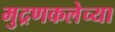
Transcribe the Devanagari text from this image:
मुद्रणकलेच्या